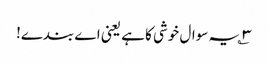
۳؎ یہ سوال خوشی کا ہے یعنی اے بندے!